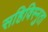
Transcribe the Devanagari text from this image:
सहिविस्नुता